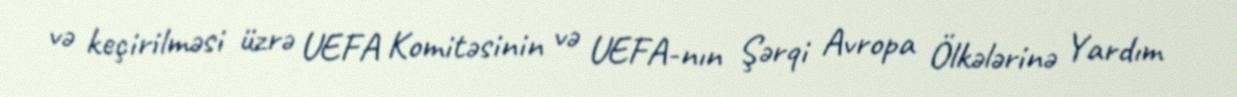
və keçirilməsi üzrə UEFA Komitəsinin və UEFA-nın Şərqi Avropa Ölkələrinə Yardım